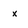
Character: x